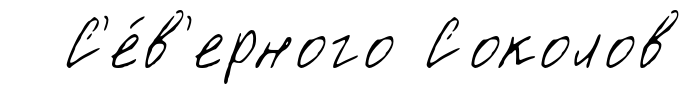
С'е́в'ерного Соколов